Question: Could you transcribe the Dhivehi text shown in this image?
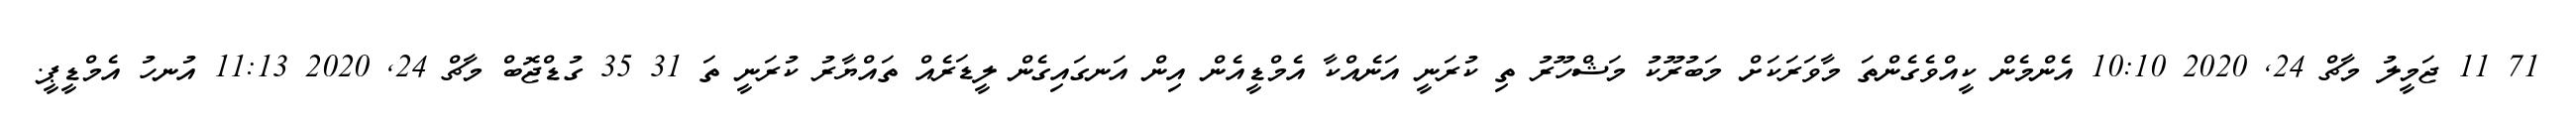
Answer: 71 11 ޖަމީލު މާޗް 24, 2020 10:10 އެންމެން ކީއްވެގެންތަ މާވަރަކަށް މަބުރޫކު މަޝްހޫރު ތި ކުރަނީ އަނެއްކާ އެމްޑީއެން އިން އަނގައިގެން ލީޑަރެއް ތައްޔާރު ކުރަނީ ތަ 31 35 ގުޑްޖޮބް މާޗް 24, 2020 11:13 އުނހު އެމްޑީޕީ.